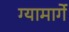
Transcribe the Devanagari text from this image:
ग्यामार्गे